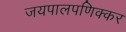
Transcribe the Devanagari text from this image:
जयपालपणिक्कर